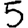
Digit: 5